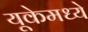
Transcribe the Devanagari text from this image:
यूकेमध्ये